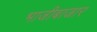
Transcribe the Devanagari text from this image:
भाजीबाजार